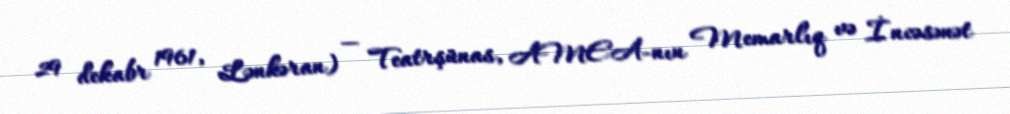
29 dekabr 1961, Lənkəran) — Teatrşünas, AMEA-nın Memarlıq və İncəsənət